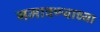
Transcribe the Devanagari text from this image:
गमावण्याच्या